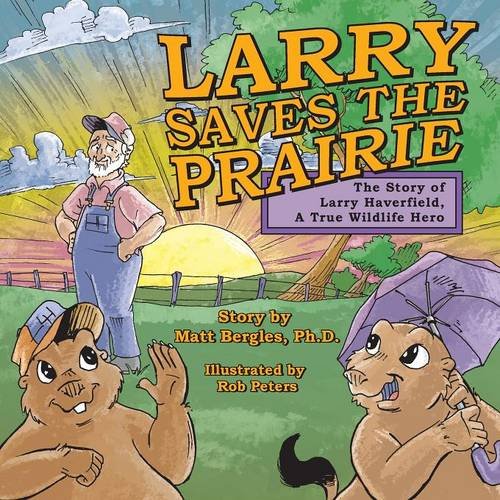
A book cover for Larry Saves the Prairie; Matt Bergles; Science & Math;